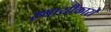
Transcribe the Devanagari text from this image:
स्थायीकारों